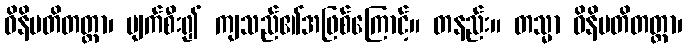
ဝိနိပတိတတ္တာ၊ ပျက်စီး၍ ကျသည်၏အဖြစ်ကြောင့်။ တနည်း။ တသ္မာ ဝိနိပတိတတ္တာ၊